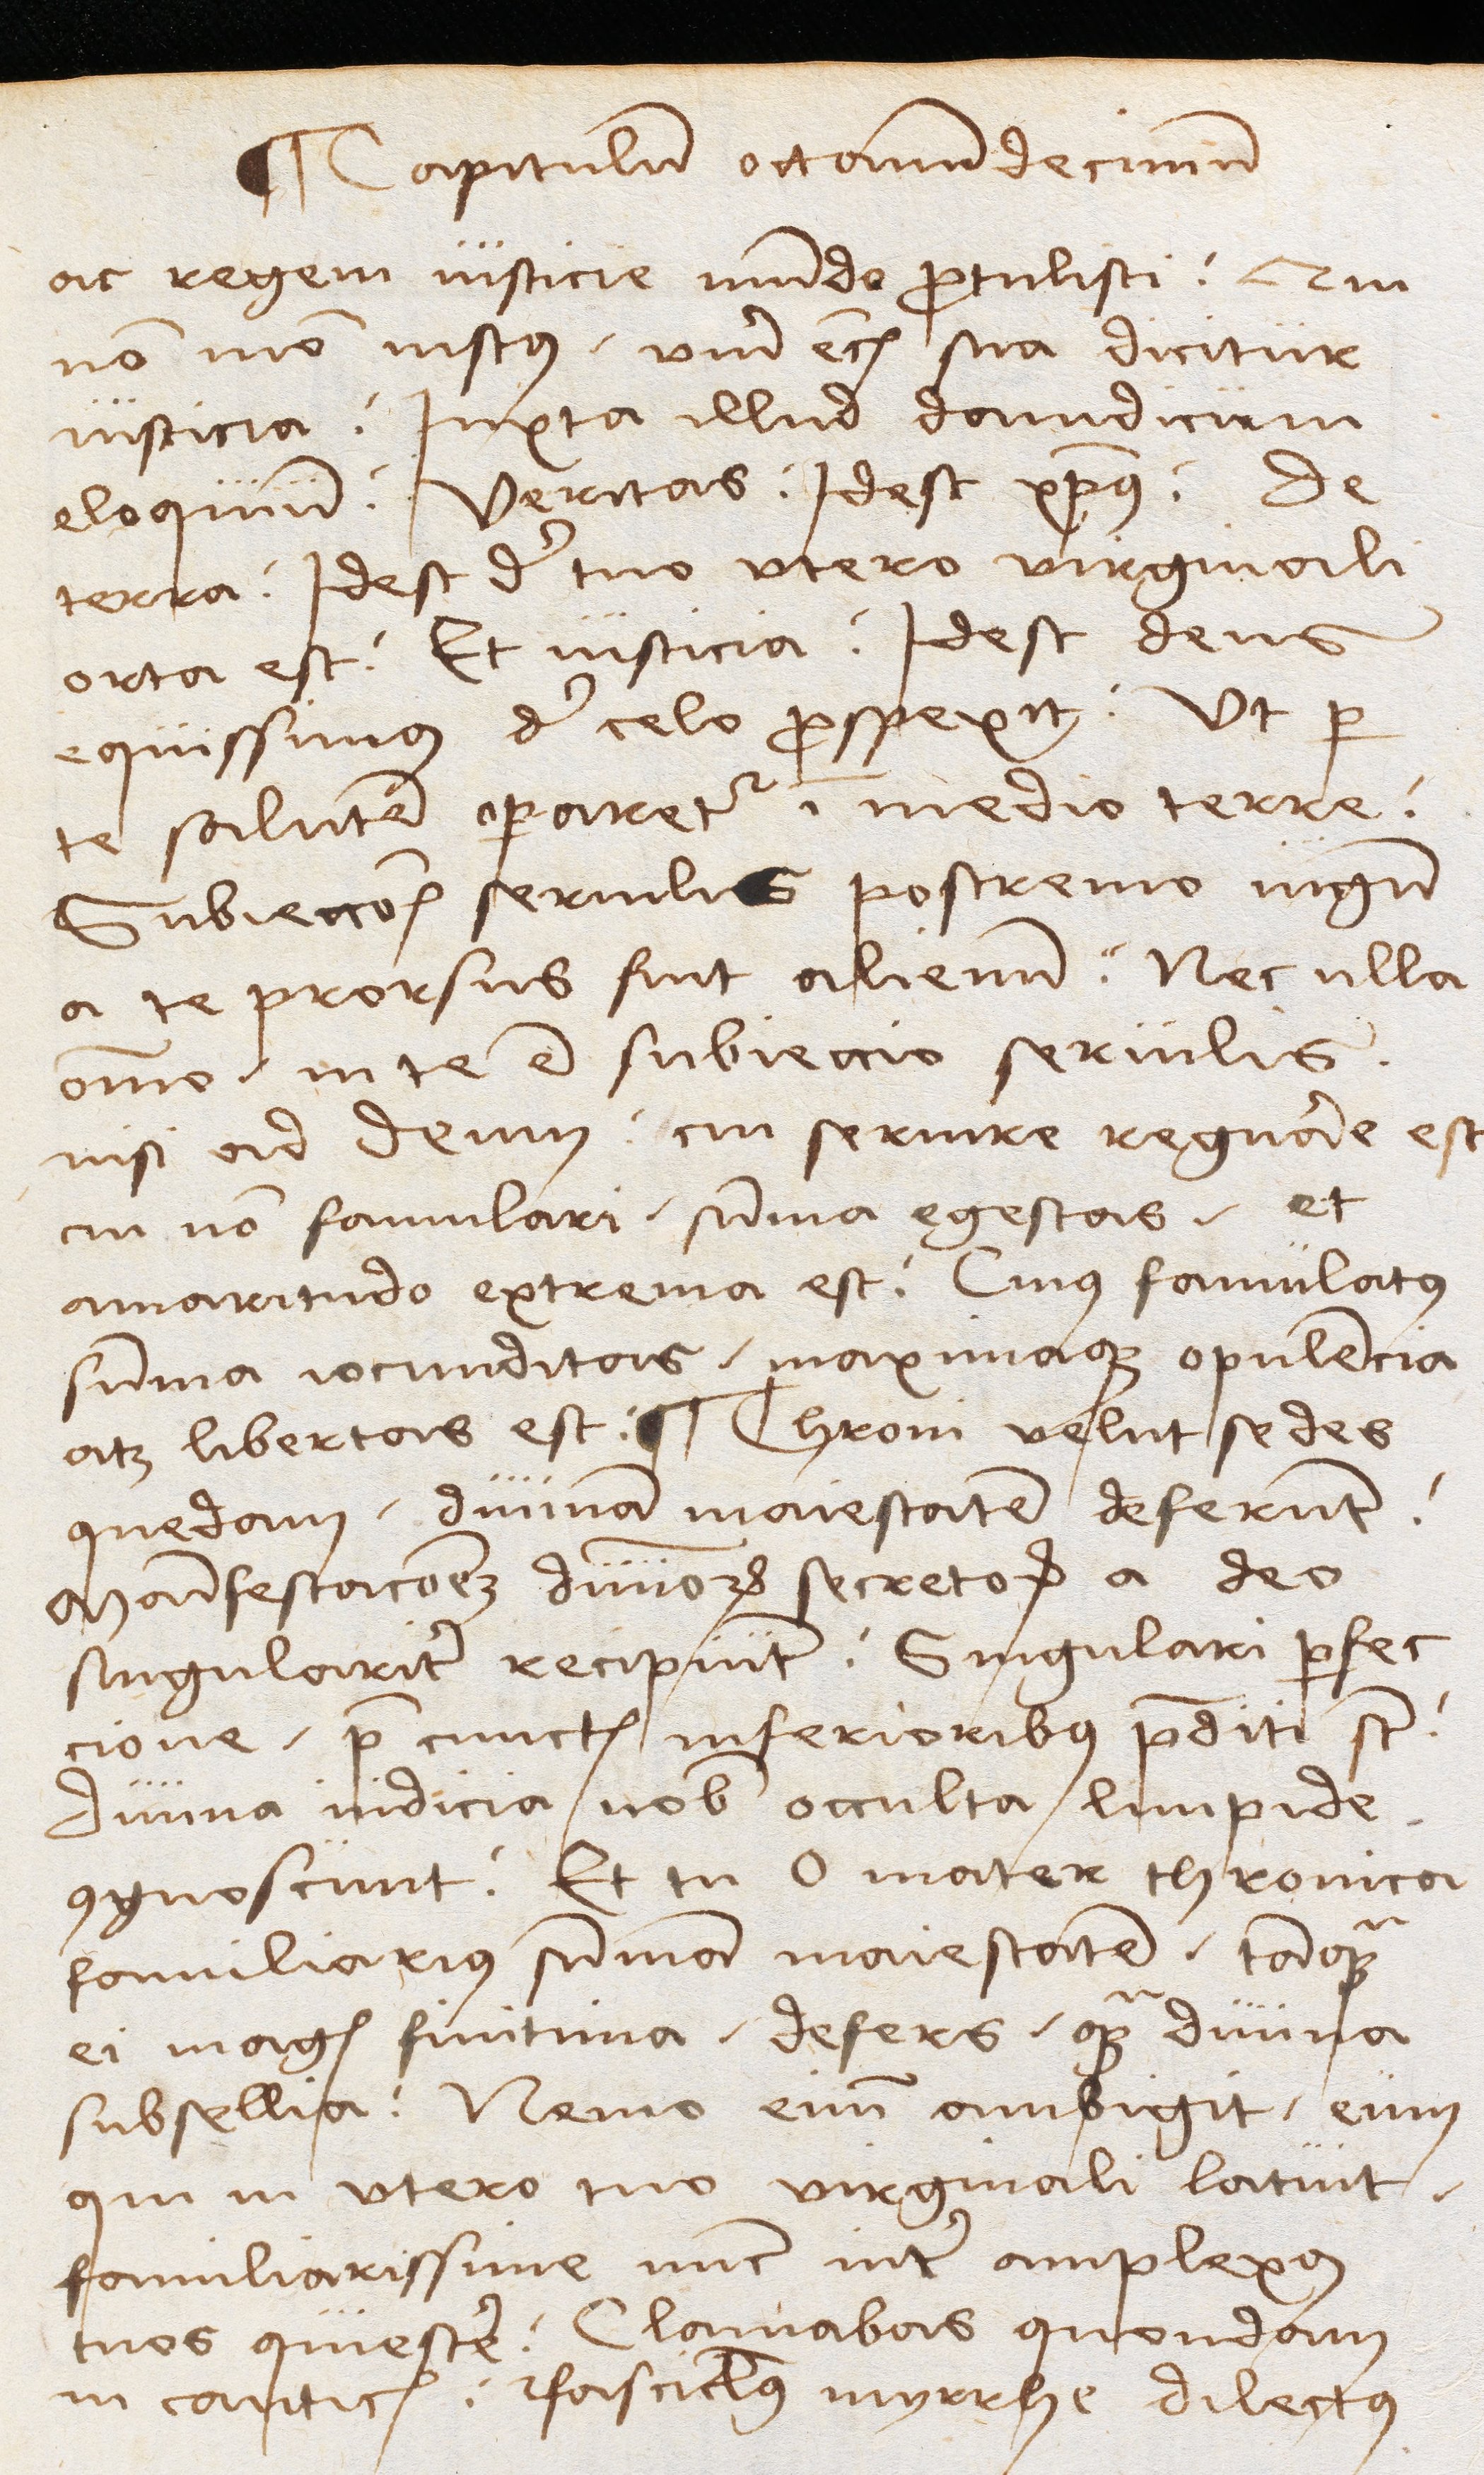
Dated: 1489–1489